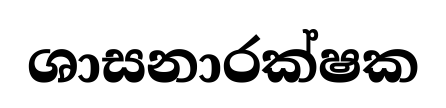
ශාසනාරක්ෂක